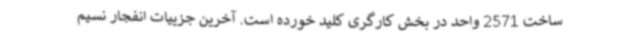
ساخت 2571 واحد در بخش کارگری کلید خورده است. آخرین جزییات انفجار نسیم